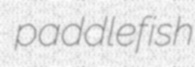
paddlefish